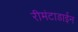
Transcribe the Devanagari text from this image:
रीमंटाडाईन